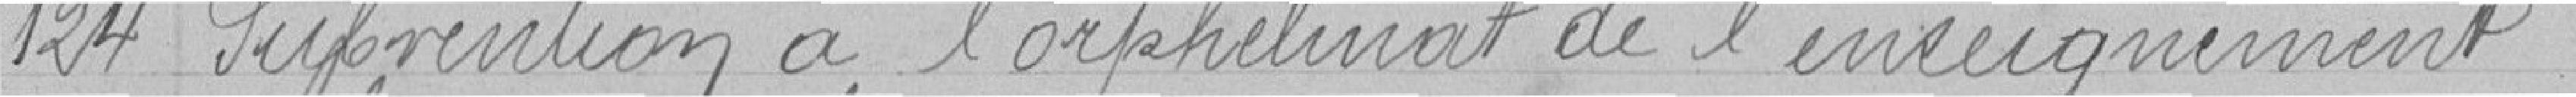
124 Subvention à l'orphelinat de l'enseignement